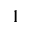
^ 1